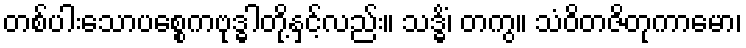
တစ်ပါးသောပစ္စေကဗုဒ္ဓါတို့နှင့်လည်း။ သဒ္ဓိံ၊ တကွ။ သံဝိတဇိတုကာမော၊